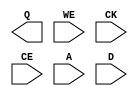

module MEM1_128X16 ( /*AUTOARG*/
                      // Outputs
                      Q,
                      // Inputs
                      WE, CK, CE, A, D
                      );

   input WE;
   input CK;
   input CE;
   input [6:0] A;
   input [15:0] D;
   output [15:0] Q;

endmodule